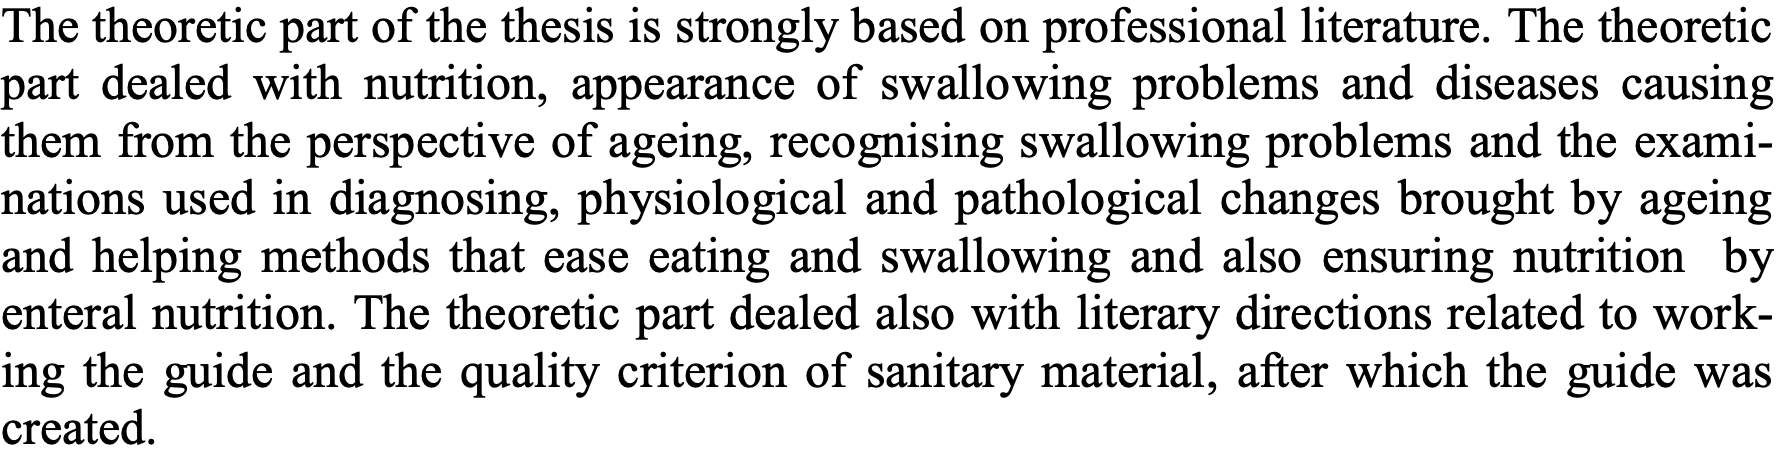
The theoretic part of the thesis is strongly based on professional literature. The theoretic part dealed with nutrition, appearance of swallowing problems and diseases causing them from the perspective of ageing, recognising swallowing problems and the exami- nations used in diagnosing, physiological and pathological changes brought by ageing and helping methods that ease eating and swallowing and also ensuring nutrition by enteral nutrition. The theoretic part dealed also with literary directions related to work- ing the guide and the quality criterion of sanitary material, after which the guide was created.